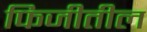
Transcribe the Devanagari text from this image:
फिजीतील